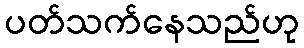
ပတ်သက်နေသည်ဟု